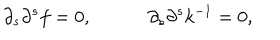
\partial _ { s } \partial ^ { s } f = 0 , \partial _ { s } \partial ^ { s } k ^ { - 1 } = 0 ,